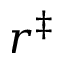
r ^ { \ddagger }